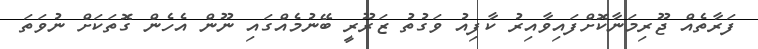
ފަރާތެއް ޖޫރިމަނާކޮށްފައިވާއިރު ކާފިއު ވަގުތު ޒަރޫރީ ބޭނުމެއްގައި ނޫން އެހެން ގޮތަކަށް ނުވަތަ